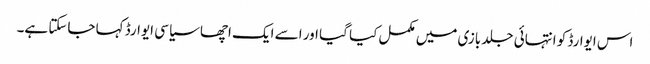
اس ایوارڈ کو انتہائی جلد بازی میں مکمل کیا گیا اور اسے ایک اچھا سیاسی ایوارڈ کہا جاسکتا ہے۔